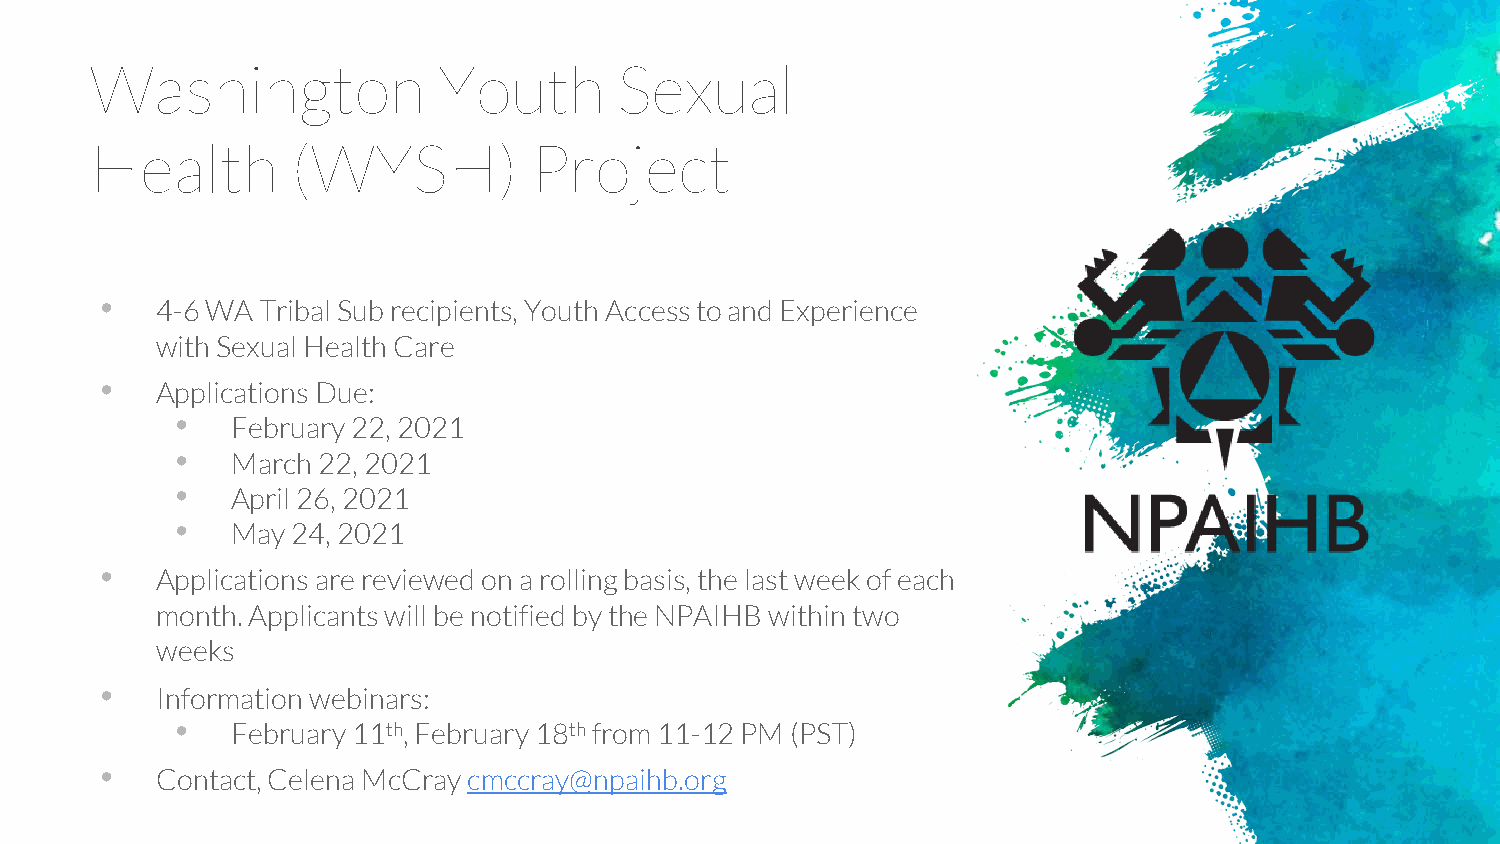
Washington             Youth       Sexual
 Health       (WYSH)          Project
 •
 4-6 WA Tribal Sub recipients, Youth Access to and Experience
 with Sexual Health Care
 •
 Applications Due:
 •
 February 22, 2021
 •
 March 22, 2021
 •
 April 26, 2021
 •
 May 24, 2021
 •
 Applications are reviewed on a rolling basis, the last week of each
 month. Applicants will be notified by the NPAIHB within two
 weeks
 •
 Information webinars:
 •
 February 11th, February 18thfrom 11-12 PM (PST)
 •
 Contact, Celena McCray cmccray@npaihb.org